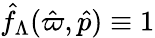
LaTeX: \hat{f}_{\Lambda}(\hat{\varpi},\hat{p})\equiv 1